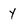
Character: Y